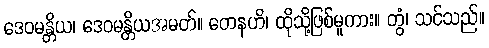
ဒေဝမန္တိယ၊ ဒေဝမန္တိယအမတ်။ တေနဟိ၊ ထိုသို့ဖြစ်မူကား။ တွံ၊ သင်သည်။